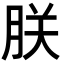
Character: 朕